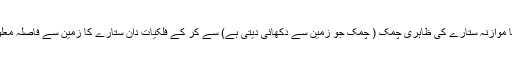
اس اصل چمک کا موازنہ ستارے کی ظاہری چمک ( چمک جو زمین سے دکھائی دیتی ہے) سے کر کے فلکیات دان ستارے کا زمین سے فاصلہ معلوم کر سکتے ہیں۔